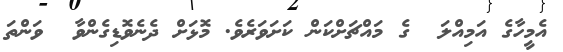
އެމީހާގެ އަމިއްލަ  ގެ މައްޗަށްކަން ކަށަވަރެވެ. މޮޅަށް ދެނެވޮޑިގެންވާ  ވަންތަ